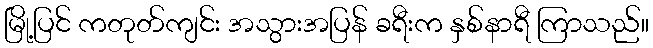
မြို့ပြင် ကတုတ်ကျင်း အသွားအပြန် ခရီးက နှစ်နာရီ ကြာသည်။